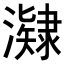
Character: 𭳔